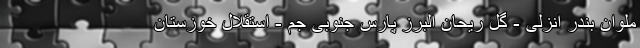
ملوان بندر انزلی - گل ریحان البرز پارس جنوبی جم - استقلال خوزستان